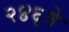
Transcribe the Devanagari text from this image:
२४६वे